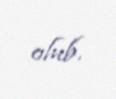
olub.